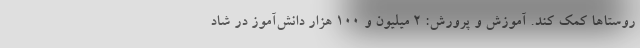
روستاها کمک کند. آموزش و پرورش: ۲ میلیون و ۱۰۰ هزار دانش‌آموز در شاد